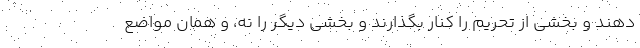
دهند و بخشی از تحریم را کنار بگذارند و بخشی دیگر را نه، و همان مواضع